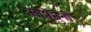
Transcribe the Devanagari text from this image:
ऋषिंमुनी